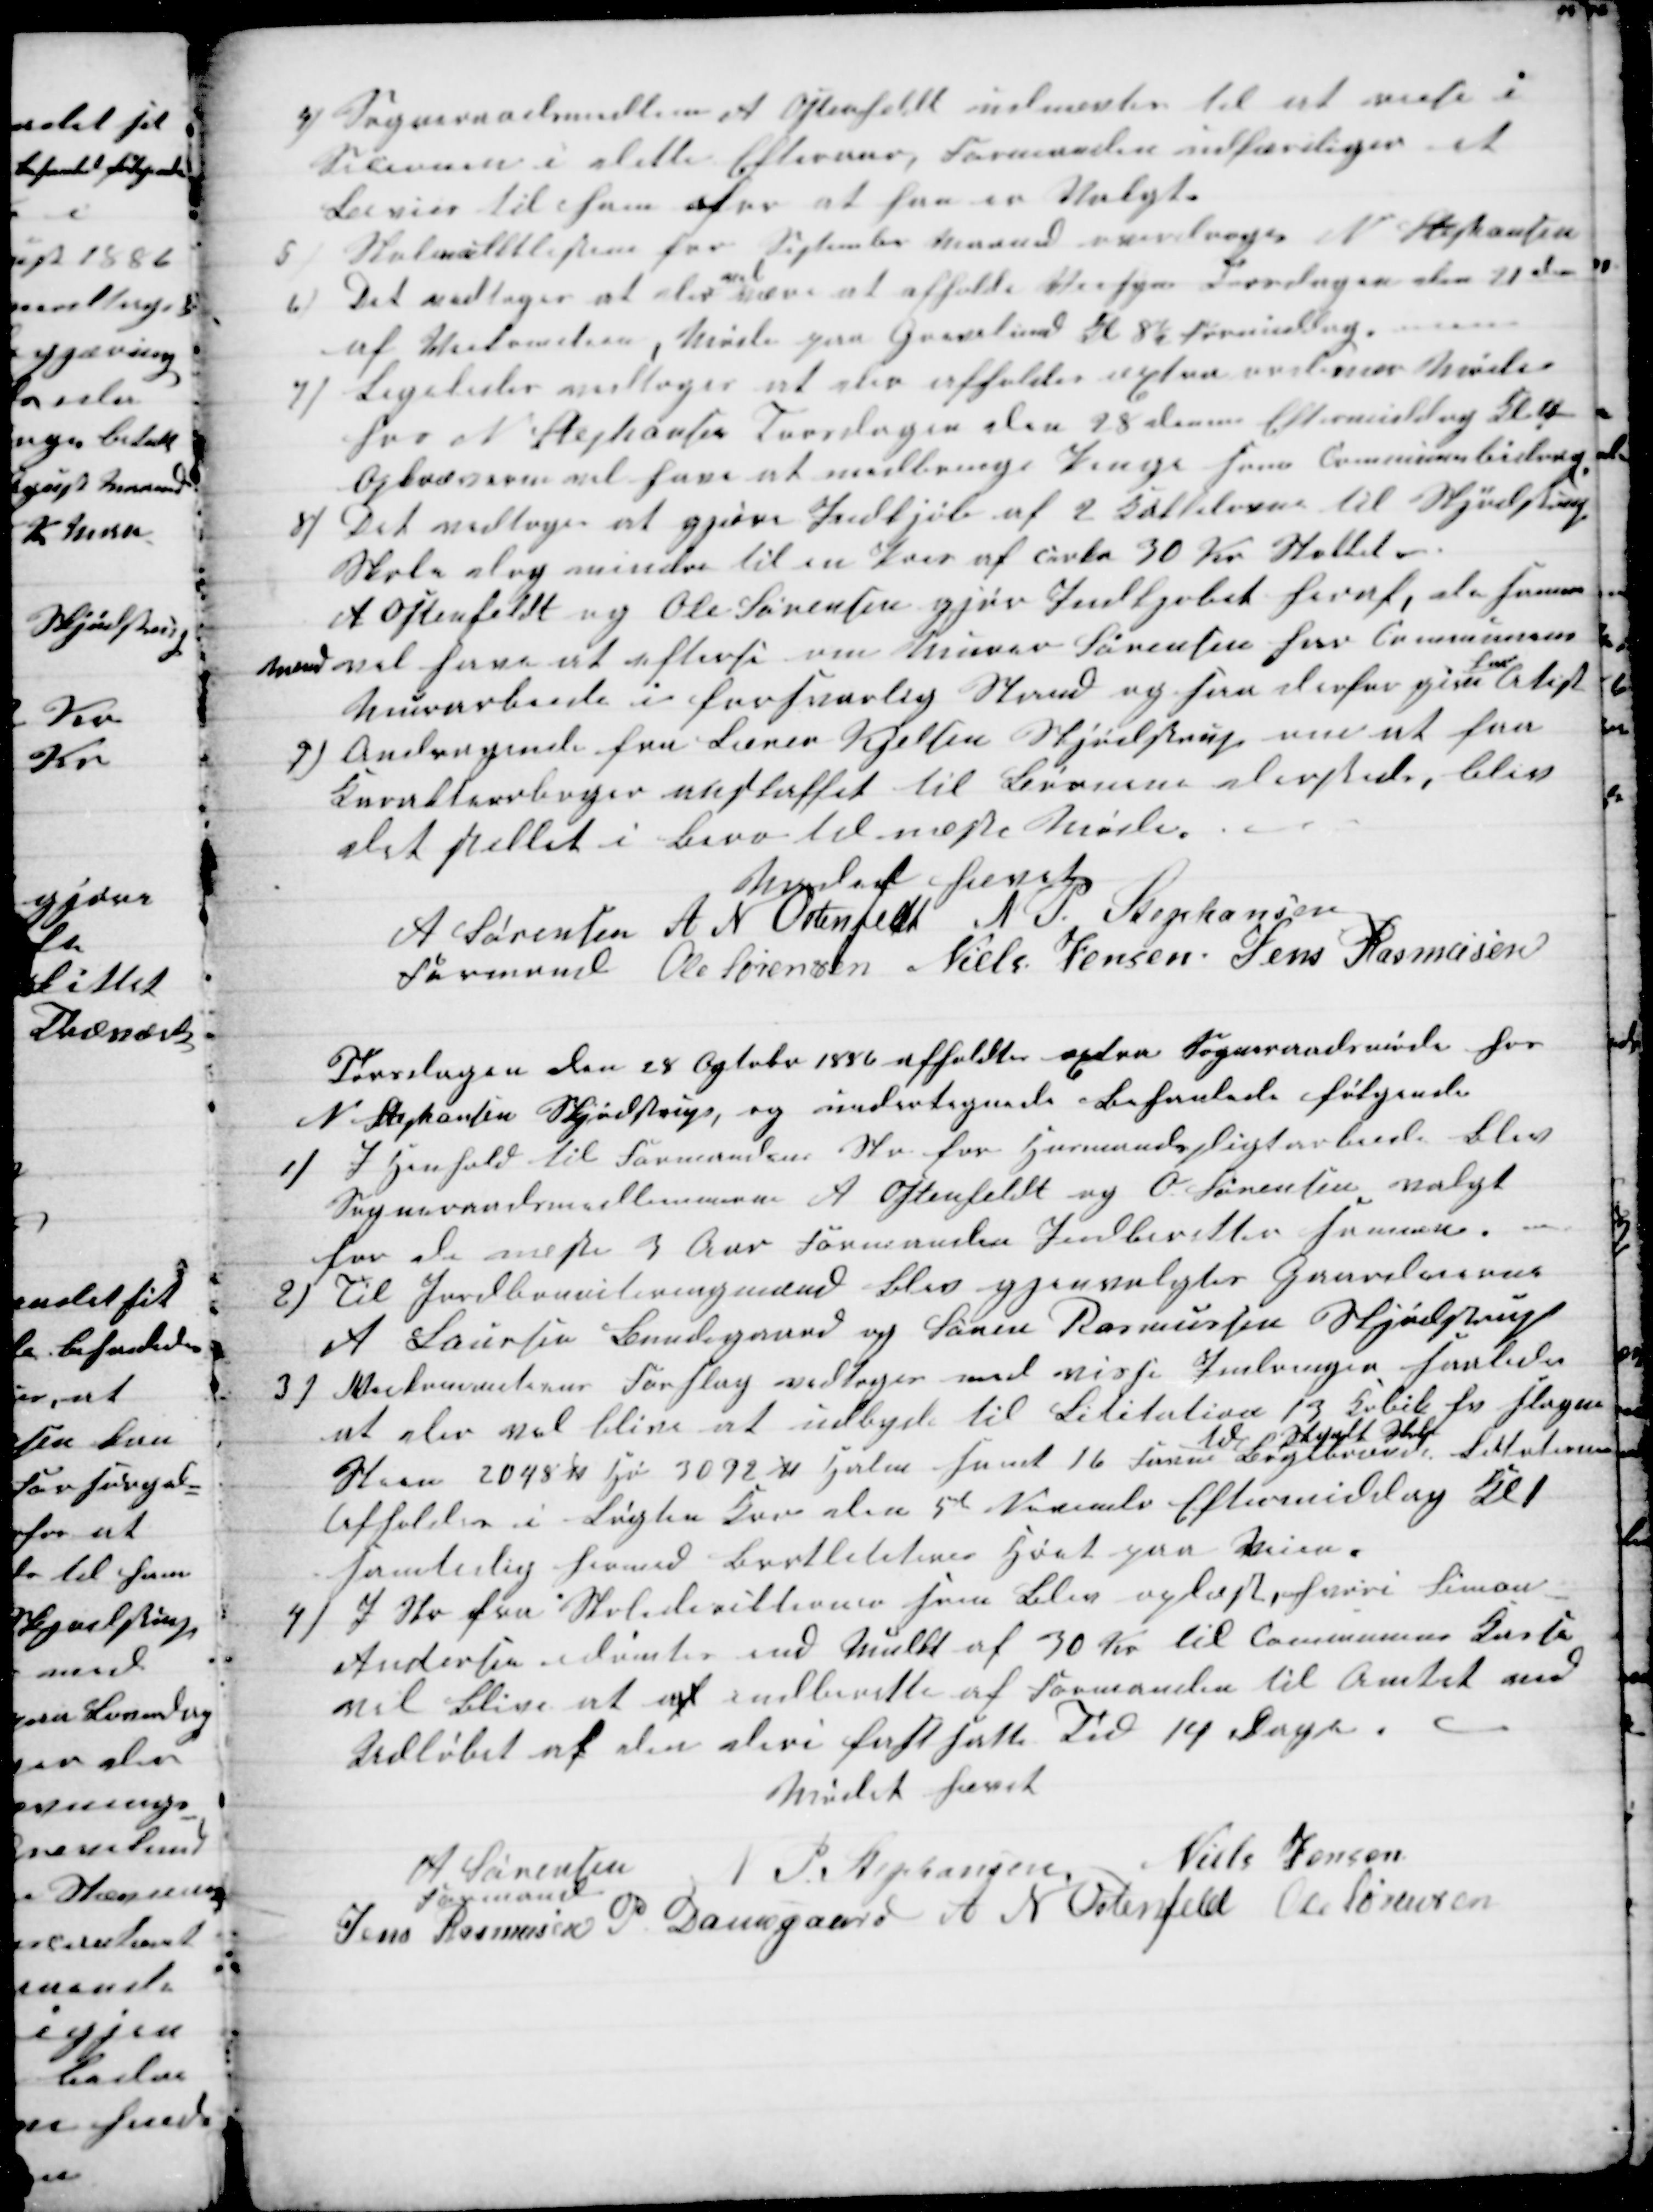
Transskription:
4) Sogneraadsmedlem A Ostenfeldt udnævtes til at reise i
Secionen i dette Efteraar, Formanden udfærdiger et
Bevies til ham for at faa en Valgt
5)
Skolemulktlisterne for September Maaned overdroges N Stephansen
6) Det vedtoges at der 
vil
være at afholde Veisyn Torsdagen den 21 ds
af Veikomition, Møde paa Grevelund Kl 8½ Formiddag.
7) Ligeledes vedtoges at der afholdes æxtra ordinær Møde
hos N Stephansen Torsdagen den 28 dennes Eftermiddag Kl 4
Opkræverne vil faae at medbringe Penge som Communebidrag.
8) Det vedtoges at gjøre Indkjøb af 2 Kakkelovne til Skjødstrup
Skole dog mindre til en Pris af cirka 30 Kr Støkket.
A Ostenfeldt og Ole Sørensen gjør Indkjøbet heraf da samme
Mænd vil faae at efterse om Murer Sørensen har Communens
Murarbeide i forsvarlig Stand og saa derfor give 
ham
Atest
9) Andragende fra Lærer Kjelsen Skjødstrup om at faa
Karakterbøger anskaffet til Børnene dersteds, blev
det stillet i Bero til næste Møde.
Mødet hævet
A Sørensen
Formand 
A N Ostenfeld N. P. Stephansen
Ole Sørensen Niels Jensen Jens Rasmusen
Torsdagen den 28 Ogtober 1886 afholdtes æxtra Sogneraadsmøde hos
N Stephansen Skjødstrup, og undertegnede behanlede følgende
1)
I Henhold til Formandens Skr for Husmandspligtarbeide blev
Sogneraadsmedlemmerne A Oftenfeldt og O. Sørensen valgt
for de næste 3 Aar Formanden Indberetter samme.
2)
Til Jordboniteringsmænd blev gjenvalgtes Gaardeierne
A Laursen Bundegaard og Søren Rasmussen Skjødstrup
3)
Veikommitionens Forslag vedtoges med visse Indringer saaledes
at der vil blive at udbyde til Lititation 13 Cubik fv slagen
Steen 2048 ℔ Hø 3092 ℔ Halm samt 16 favne Bøgebrænde
til Segalt Skole
Lititationen
Afholdes i Løgten Kro den 5te November Eftermiddag Kl 1
samtidig hermed bortlititeres Høet paa Veien.
4)
I Skr fra Skoledirektionen som blev oplæst, hvori Simon
Andersen idømtes end Mulkt af 30 Kr til Communens Kasse
vil blive at af indberette af Formanden til Amtet med
Udløbet af den deri fastsatte Tid 14 Dage.
Mødet hævet
A Sørensen
Formand
N P Stephansen
Niels Jensen
Jens Rasmusen P. Damsgaard A N Osterfeld Ole Sørensen